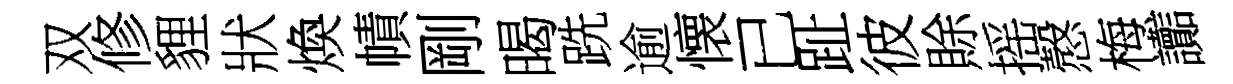
双修貍狀煥幘剛暍跣逾懐已趾彼賖摇慤梅讟